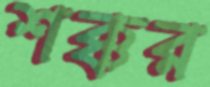
শক্কর